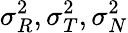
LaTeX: \sigma_{R}^{2},\sigma_{T}^{2},\sigma_{N}^{2}